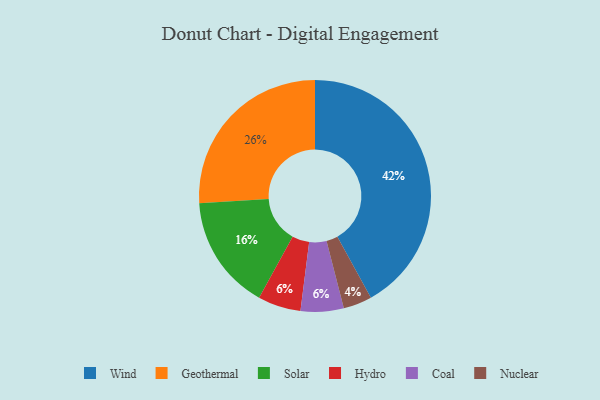
{"axis": {"x": "Category", "y": "Percentage"}, "legend": ["Coal", "Geothermal", "Hydro", "Nuclear", "Solar", "Wind"], "data": [{"x": "Wind", "y": 42, "type": "Wind"}, {"x": "Hydro", "y": 6, "type": "Hydro"}, {"x": "Solar", "y": 16, "type": "Solar"}, {"x": "Geothermal", "y": 26, "type": "Geothermal"}, {"x": "Nuclear", "y": 4, "type": "Nuclear"}, {"x": "Coal", "y": 6, "type": "Coal"}]}